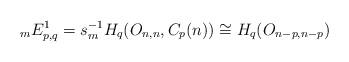
LaTeX: \begin{align*}{}_{m}E^{1}_{p,q} = s_{m}^{-1}H_{q}(O_{n,n}, C_{p}(n)) \cong H_{q}(O_{n-p, n-p})\end{align*}